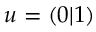
u = \left( 0 | 1 \right)